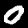
Label: 0